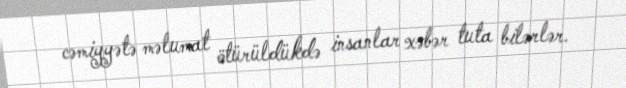
cəmiyyətə məlumat ötürüldükdə insanlar xəbər tuta bilərlər.